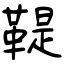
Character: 鞮